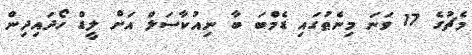
މެޗުގެ 17 ވަނަ މިނެޠުގައި ޑެމްބަ ބާ ނިއުކާސަލް އަށް ލީޑް ހޯދައިދިން